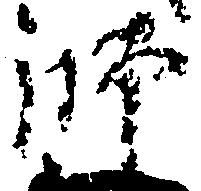
師